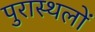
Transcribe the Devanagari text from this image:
पुरास्थलों